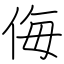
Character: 侮